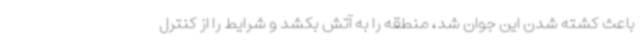
باعث کشته شدن این جوان شد، منطقه را به آتش بکشد و شرایط را از کنترل